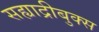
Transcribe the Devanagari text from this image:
सह्याद्रीबुक्स